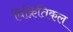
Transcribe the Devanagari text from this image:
विक्रितिकल